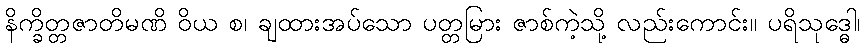
နိက္ခိတ္တဇာတိမဏိ ဝိယ စ၊ ချထားအပ်သော ပတ္တမြား ဇာစ်ကဲ့သို့ လည်းကောင်း။ ပရိသုဒ္ဓေါ၊